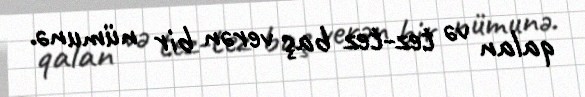
qalan və tez-tez baş verən bir nümunə.